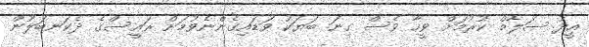
އީދު ސަލާމް ކުރުމަށް ވީހާ ވެސް ގިނަ ބަޔަކު ވަޑައިގެންނެވުމަށް ރައީސްގެ ދެކަނބަލުން